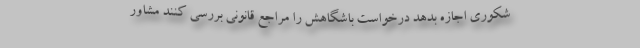
شکوری اجازه بدهد درخواست باشگاهش را مراجع قانونی بررسی کنند مشاور